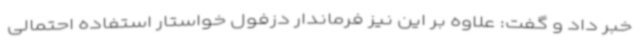
خبر داد و گفت: علاوه بر این نیز فرماندار دزفول خواستار استفاده احتمالی